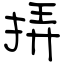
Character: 挵